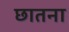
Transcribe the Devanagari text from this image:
छातना